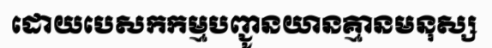
ដោយបេសកកម្មបញ្ជូនយានគ្មានមនុស្ស